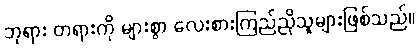
ဘုရား တရားကို များစွာ လေးစားကြည်ညိုသူများဖြစ်သည်။